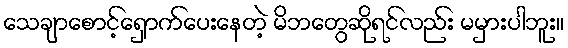
သေချာစောင့်ရှောက်ပေးနေတဲ့ မိဘတွေဆိုရင်လည်း မမှားပါဘူး။